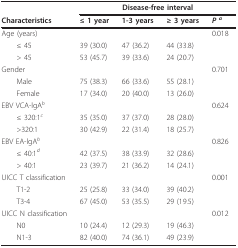
|  | <COLSPAN=4> Disease-free interval |
 | Characteristics | ≤ 1 year | 1-3 years | ≥ 3 years | P a |
 | --- | --- | --- | --- | --- |
 | Age (years) |  |  |  | 0.018 |
 | ≤ 45 | 39 (30.0) | 47 (36.2) | 44 (33.8) |  |
 | > 45 | 53 (45.7) | 39 (33.6) | 24 (20.7) |  |
 | Gender |  |  |  | 0.701 |
 | Male | 75 (38.3) | 66 (33.6) | 55 (28.1) |  |
 | Female | 17 (34.0) | 20 (40.0) | 13 (26.0) |  |
 | EBV VCA-lgAb |  |  |  | 0.624 |
 | ≤ 320:1c | 35 (35.0) | 37 (37.0) | 28 (28.0) |  |
 | >320:1 | 30 (42.9) | 22 (31.4) | 18 (25.7) |  |
 | EBV EA-lgAb |  |  |  | 0.826 |
 | ≤ 40:1d | 42 (37.5) | 38 (33.9) | 32 (28.6) |  |
 | > 40:1 | 23 (39.7) | 21 (36.2) | 14 (24.1) |  |
 | UICC T classification |  |  |  | 0.001 |
 | T1-2 | 25 (25.8) | 33 (34.0) | 39 (40.2) |  |
 | T3-4 | 67 (45.0) | 53 (35.5) | 29 (19.5) |  |
 | UICC N classification |  |  |  | 0.012 |
 | N0 | 10 (24.4) | 12 (29.3) | 19 (46.3) |  |
 | N1-3 | 82 (40.0) | 74 (36.1) | 49 (23.9) |  |